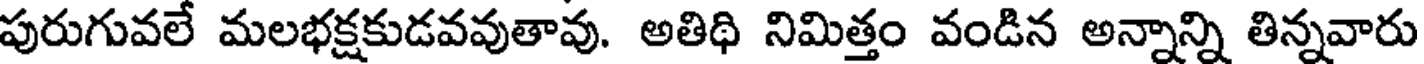
పురుగువలే మలభక్షకుడవవుతావు. అతిథి నిమిత్తం వండిన అన్నాన్ని తిన్నవారు